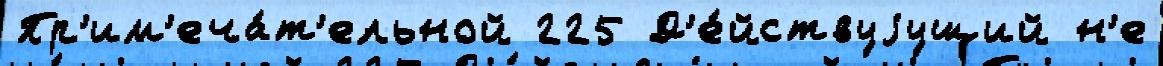
Пр'им'еча́т'ельной 225 Д'е́йствуjущий н'е